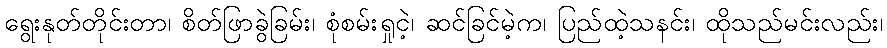
ရွေးနုတ်တိုင်းတာ၊ စိတ်ဖြာခွဲခြမ်း၊ စုံစမ်းရှုငဲ့၊ ဆင်ခြင်မဲ့က၊ ပြည်ထဲ့သနင်း၊ ထိုသည်မင်းလည်း၊